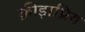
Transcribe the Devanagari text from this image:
क्रीड़ाप्रिय